Civil Veterinary Department. Madras. Admin. report 1926-33 - 1926-1933
Year: 1926
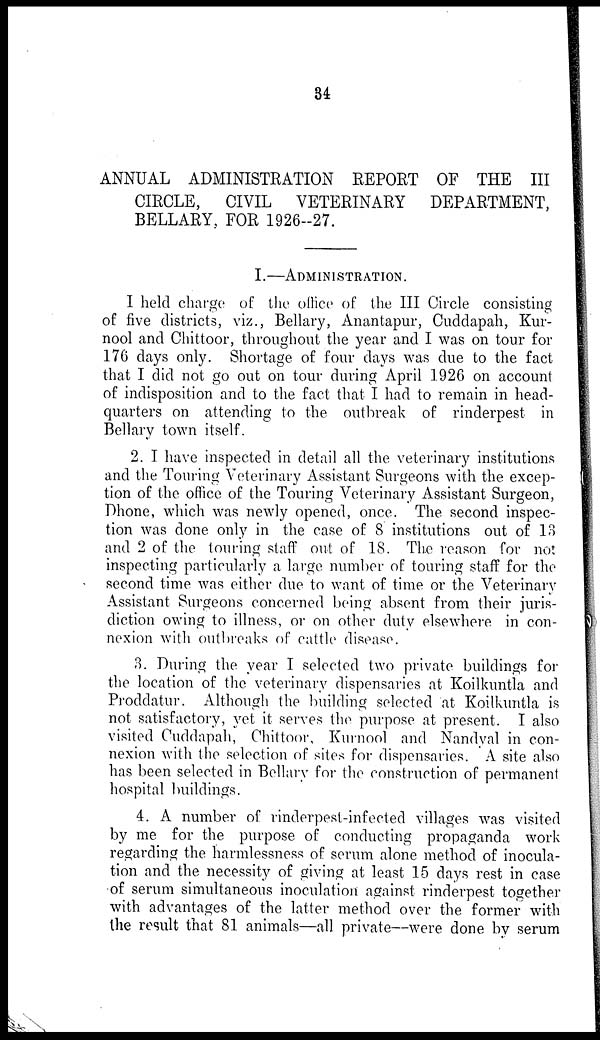
34
ANNUAL ADMINISTRATION REPORT OF THE III
CIRCLE, CIVIL VETERINARY DEPARTMENT,
BELLARY, FOR 1926-27.
I.—ADMINISTRATION.
I held charge of the office of the III Circle consisting
of five districts, viz., Bellary, Anantapur, Cuddapah, Kur-
nool and Chittoor, throughout the year and I was on tour for
176 days only. Shortage of four days was due to the fact
that I did not go out on tour during April 1926 on account
of indisposition and to the fact that I had to remain in head-
quarters on attending to the outbreak of rinderpest in
Bellary town itself.
2. I have inspected in detail all the veterinary institutions
and the Touring Veterinary Assistant Surgeons with the excep-
tion of the office of the Touring Veterinary Assistant Surgeon,
Dhone, which was newly opened, once. The second inspec-
tion was done only in the case of 8 institutions out of 13
and 2 of the touring staff out of 18. The reason for not
inspecting particularly a large number of touring staff for the
second time was either due to want of time or the Veterinary
Assistant Surgeons concerned being absent from their juris-
diction owing to illness, or on other duty elsewhere in con-
nexion with outbreaks of cattle disease.
3. During the year I selected two private buildings for
the location of the veterinary dispensaries at Koilkuntla and
Proddatur. Although the building selected at Koilkuntla is
not satisfactory, yet it serves the purpose at present. I also
visited Cuddapah, Chittoor, Kurnool and Nandyal in con-
nexion with the selection of sites for dispensaries. A site also
has been selected in Bellary for the construction of permanent
hospital buildings.
4. A number of rinderpest-infected villages was visited
by me for the purpose of conducting propaganda work
regarding the harmlessness of serum alone method of inocula-
tion and the necessity of giving at least 15 days rest in case
of serum simultaneous inoculation against rinderpest together
with advantages of the latter method over the former with
the result that 81 animals—all private—were done by serum